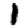
Digit: 1